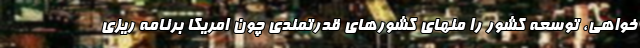
خواهي، توسعه كشور را منهاي كشورهاي قدرتمندي چون امريكا برنامه ريزي